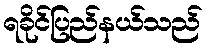
ရခိုင်ပြည်နယ်သည်